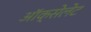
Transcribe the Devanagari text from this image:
ऑक्सेलेट